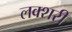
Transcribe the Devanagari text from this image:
लक्शरी